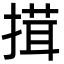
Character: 搑